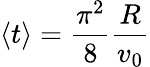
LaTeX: \langle t\rangle={\frac{\pi^{2}}{8}}{\frac{R}{v_{0}}}